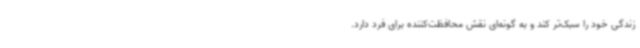
زندگی‌ خود را سبک‌تر کند و به گونه‌ای نقش محافظت‌کننده برای فرد دارد.